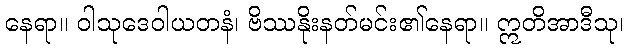
နေရာ။ ဝါသုဒေဝါယတနံ၊ ဗိဿနိုးနတ်မင်း၏နေရာ။ ဣတိအာဒီသု၊